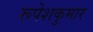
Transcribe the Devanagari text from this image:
रूपेशकुमार